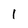
Character: 1